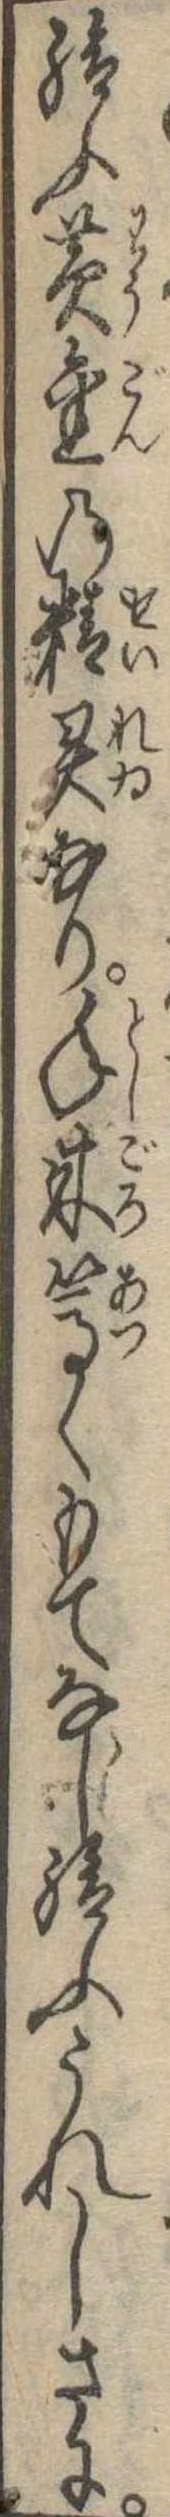
給ふ黄金の精霊なり年来篤くもてなし給ふうれしさに